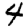
Digit: 4